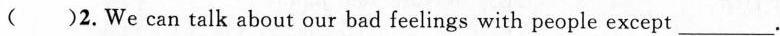
( )2.We can talk about our bad feelings with people except ___